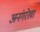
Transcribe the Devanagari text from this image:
अनंगरेखा